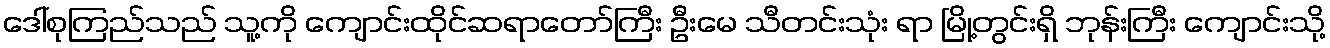
ဒေါ်စုကြည်သည် သူ့ကို ကျောင်းထိုင်ဆရာတော်ကြီး ဦးမေ သီတင်းသုံး ရာ မြို့တွင်းရှိ ဘုန်းကြီး ကျောင်းသို့